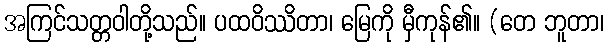
အကြင်သတ္တဝါတို့သည်။ ပထဝိဿိတာ၊ မြေကို မှီကုန်၏။ (တေ ဘူတာ၊